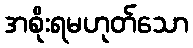
အစိုးရမဟုတ်သော